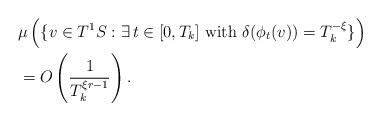
LaTeX: \begin{align*}&\mu\left (\{v\in T^1S: \exists \, t\in [0,T_k] \textrm{ with } \delta(\phi_t(v)) = T_k^{-\xi} \} \right) \\&= O \left(\frac{1}{T_k^{\xi r-1}} \right). \end{align*}